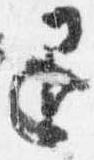
退